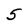
Character: 5